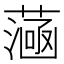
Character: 𦻭